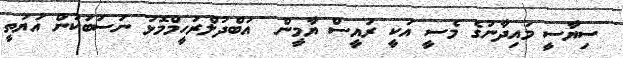
ސިޔާސީ މައިދާނުގެ މެސީ އަކީ ރައީސް ޔާމީން  އަބްދުލްރަހީމްމޮޅު ނަސަބަކުން އަޔަތީ